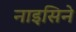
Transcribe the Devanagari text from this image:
नाइसिने